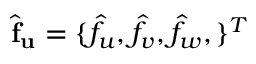
\widehat { \mathbf { f } } _ { \mathbf { u } } = \{ \widehat { f } _ { u } , \widehat { f } _ { v } , \widehat { f } _ { w } , \} ^ { T }